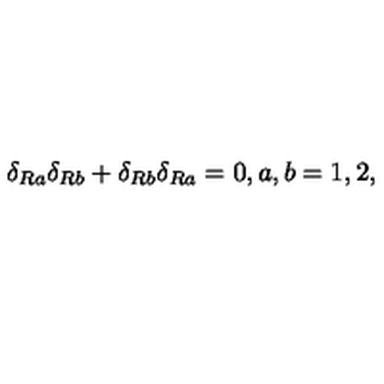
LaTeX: \delta _ { R a } \delta _ { R b } + \delta _ { R b } \delta _ { R a } = 0 , a , b = 1 , 2 ,